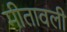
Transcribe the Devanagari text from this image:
मीतावली